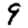
Digit: 9